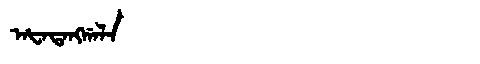
Manchu: ᠠᡶᠠᡨᠠᠩᡤᠠᠯᠠ
Romanization: AFATANGGALA